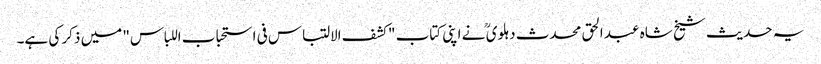
یہ حدیث شیخ شاہ عبد الحق محدث دہلوی ؒ نے اپنی کتاب "کشف الالتباس فی استحباب اللباس" میں ذکر کی ہے۔